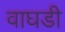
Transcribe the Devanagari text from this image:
वाघडी